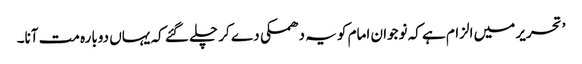
’ تحریر میں الزام ہے کہ نوجوان امام کو یہ دھمکی دے کر چلے گئے کہ یہاں دوبارہ مت آنا۔